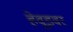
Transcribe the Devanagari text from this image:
हेवूडवर